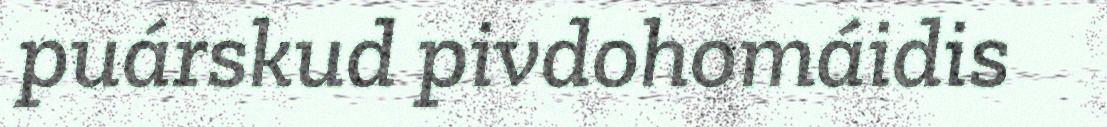
puárskud pivdohomáidis